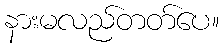
နားမလည်တတ်ပေ။